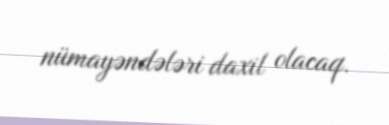
nümayəndələri daxil olacaq.